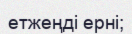
етжеңді ерні;